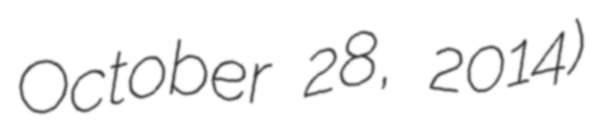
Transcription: October 28, 2014)